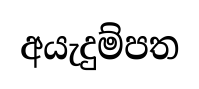
අයැදුම්පත